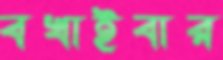
বখাইবার